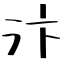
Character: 汴